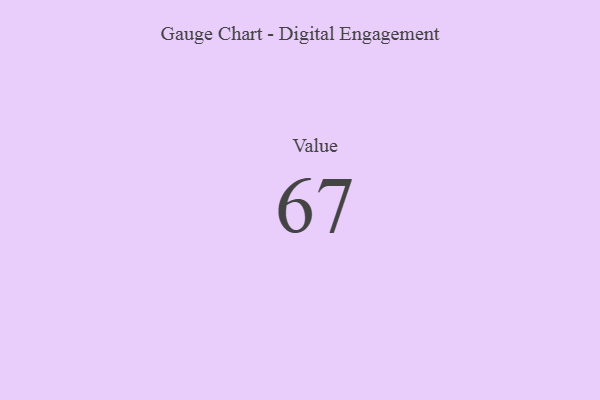
{"axis": {"x": "Metric", "y": "Value"}, "legend": [""], "data": [{"x": "Value", "y": 67, "type": ""}]}